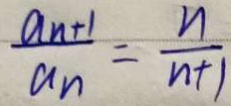
\frac { a _ { n } + 1 } { a _ { n } } = \frac { n } { n + 1 }